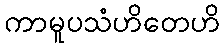
ကာမူပသံဟိတေဟိ